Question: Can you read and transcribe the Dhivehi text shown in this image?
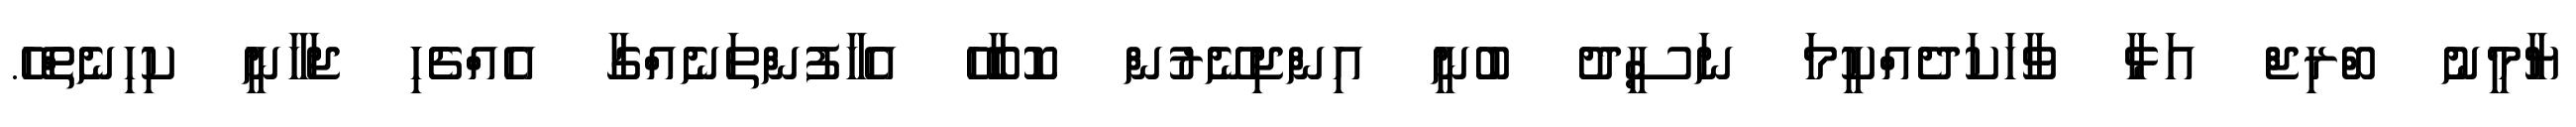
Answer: ޔާމީނު ބްރިޖް އަޅާ ވާހަކަދެއްކީމަ ނަސީދު ބުނީ އިންޖިނޭރުން ކޮބާހޭ އެހާފުންތަނެއްގާ އެއްޗެހި ޖަހާނީ ކިހިނެތްހޭ.